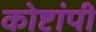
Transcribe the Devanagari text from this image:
कोष्टांपी